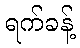
ရက်ခန့်